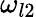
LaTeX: \omega_{l2}